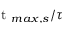
\mathrm { ~ t ~ } _ { m a x , s } / \tau